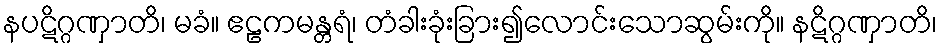
နပဋိဂ္ဂဏှာတိ၊ မခံ။ ဧဠကမန္တရံ၊ တံခါးခုံးခြား၍လောင်းသောဆွမ်းကို။ နဋိဂ္ဂဏှာတိ၊